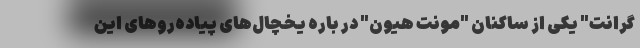
گرانت" یکی از ساکنان "مونت هیون" در باره یخچال‌های پیاده‌روهای این